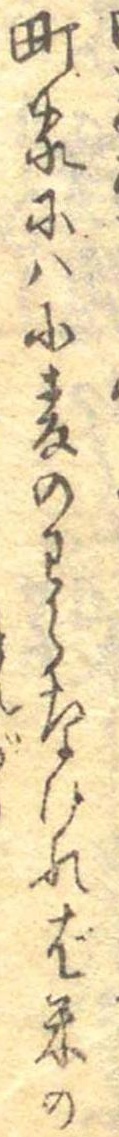
町家には小麦のわらなければ米の